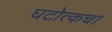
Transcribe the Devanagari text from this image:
घटोत्कचा